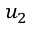
u _ { 2 }